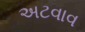
અટવાવ